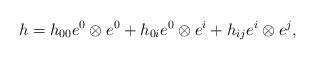
LaTeX: \begin{align*} h=h_{00}e^{0}\otimes e^{0}+h_{0i}e^{0}\otimes e^{i}+h_{ij}e^{i}\otimes e^{j},\end{align*}